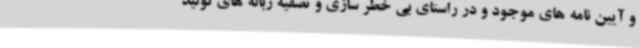
و آیین نامه های موجود و در راستای بی خطر سازی و تصفیه زباله های تولید